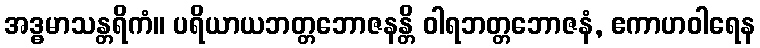
အဒ္ဓမာသန္တရိကံ။ ပရိယာယဘတ္တဘောဇနန္တိ ဝါရဘတ္တဘောဇနံ, ဧကာဟဝါရေန